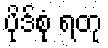
ပိုဒ်စုံ ရတု